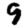
Digit: 9